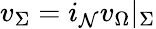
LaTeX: v_{\Sigma}=i_{\mathcal{N}}v_{\Omega}|_{\Sigma}